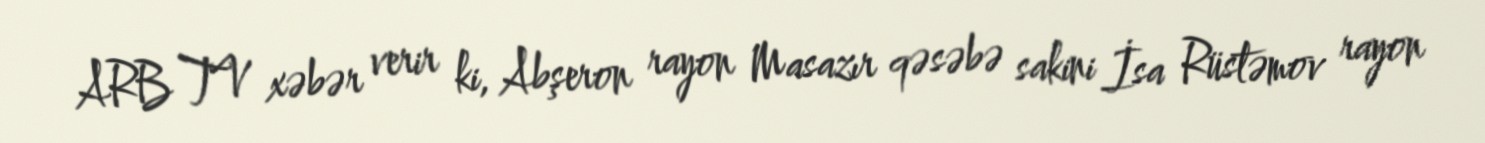
ARB TV xəbər verir ki, Abşeron rayon Masazır qəsəbə sakini İsa Rüstəmov rayon